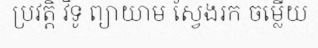
ប្រវត្តិ វិទូ ព្យាយាម ស្វែងរក ចម្លើយ